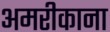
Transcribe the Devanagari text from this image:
अमरीकाना